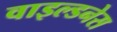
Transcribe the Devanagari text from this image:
वाइल्डनेस